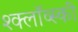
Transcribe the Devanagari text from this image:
श्क्लॉव्स्की